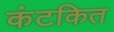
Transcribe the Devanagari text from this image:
कंटकित